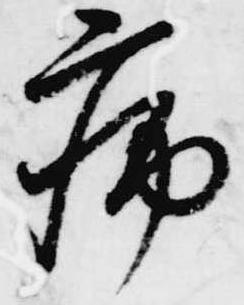
病